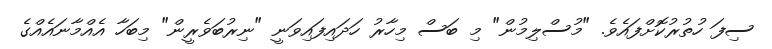
ސިފަ ހުތުރުކޮށްފައެވެ. "މުސްލިމުން" މި ބަސް މިހާރު ހަދައިފައިވަނީ "ނިރުބަވެރީން" މިބަހާ އެއްމާނައެއްގެ